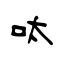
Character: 呔